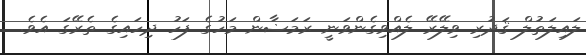
ލައިލަތުލް ޤަދުރި ވިލޭރޭ ލެއްވިގެންވަނީ ރަމަޟާން މަހުގެ ފަހު ދިހައިގެ ތެރޭގަ އެވެ.